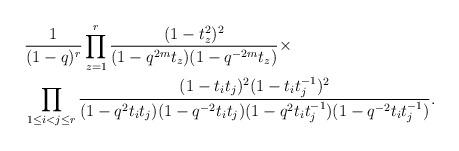
LaTeX: \begin{align*}\begin{aligned} &\frac{1}{(1-q)^{r} } \prod_{z=1}^{r} \frac{(1-t_z^2)^2}{(1-q^{2m}t_z) (1-q^{-2m} t_z)} \times \\&\prod_{1 \leq i < j \leq r} \frac{(1-t_i t_j)^2(1-t_i t_j^{-1})^2}{(1-q^2 t_i t_j) (1-q^{-2} t_i t_j) (1-q^2 t_i t_j^{-1}) (1-q^{-2} t_i t_j^{-1})}.\end{aligned}\end{align*}